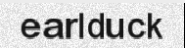
earlduck